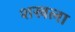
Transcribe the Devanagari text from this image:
शखला